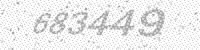
Solution: 683449